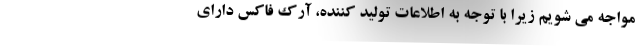
مواجه می شویم زیرا با توجه به اطلاعات تولید کننده، آرک فاکس دارای